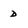
Character: D